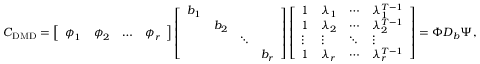
\boldsymbol { C } _ { \mathrm { D M D } } = \left[ \begin{array} { l l l l } { \boldsymbol { \phi } _ { 1 } } & { \boldsymbol { \phi } _ { 2 } } & { \dots } & { \boldsymbol { \phi } _ { r } } \end{array} \right] \left[ \begin{array} { l l l l } { b _ { 1 } } & & & \\ & { b _ { 2 } } & & \\ & & { \ddots } & \\ & & & { b _ { r } } \end{array} \right] \left[ \begin{array} { l l l l } { 1 } & { \lambda _ { 1 } } & { \cdots } & { \lambda _ { 1 } ^ { T - 1 } } \\ { 1 } & { \lambda _ { 2 } } & { \cdots } & { \lambda _ { 2 } ^ { T - 1 } } \\ { \vdots } & { \vdots } & { \ddots } & { \vdots } \\ { 1 } & { \lambda _ { r } } & { \cdots } & { \lambda _ { r } ^ { T - 1 } } \end{array} \right] = \boldsymbol { \Phi } \boldsymbol { D } _ { b } \boldsymbol { \Psi } ,